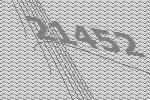
21452